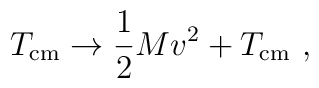
T_{{\rm cm}}\to \frac{1}{2}Mv^2+T_{{\rm cm}} \ ,